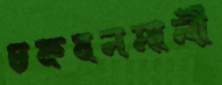
চকবনমালী